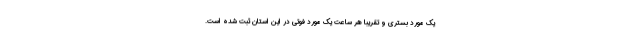
یک مورد بستری و تقریبا هر ساعت یک مورد فوتی در این استان ثبت شده است.